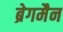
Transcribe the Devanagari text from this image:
ब्रेगमैन